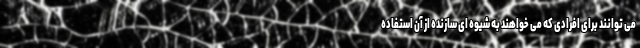
می توانند برای افرادی که می خواهند به شیوه ای سازنده از آن استفاده